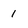
Character: 1